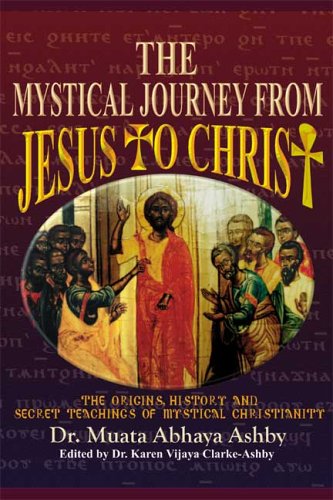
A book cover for The Mystical Journey from Jesus to Christ (Origins, History and Secret Teachings of Mystical Christiani); Muata Ashby; Christian Books & Bibles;